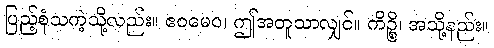
ပြည့်စုံသကဲ့သို့လည်း။ ဧဝမေဝ၊ ဤအတူသာလျှင်။ ကိဉ္စိ၊ အသို့နည်း။